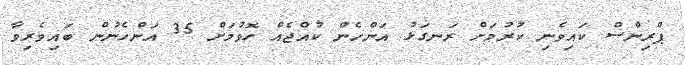
ޕްރިންސް ކައިވެނި ކުރުމަށް ރަނގަޅު އަންހެން ކުއްޖެއް ހޮވުމަށް 35 އަންހެނުން ބައިވެރިވާ